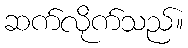
ဆက်လိုက်သည်။